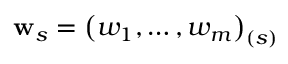
\mathbf { w } _ { s } = \left( w _ { 1 } , \ldots , w _ { m } \right) _ { ( s ) }